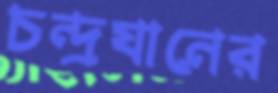
চন্দ্রযানের